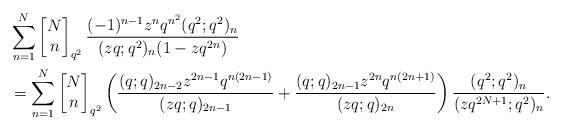
LaTeX: \begin{align*}&\sum_{n=1}^{N}\left[\begin{matrix} N\\n\end{matrix}\right]_{q^2}\frac{(-1)^{n-1}z^nq^{n^2}(q^2;q^2)_{n}}{(zq;q^2)_n(1-zq^{2n})}\\&=\sum_{n=1}^{N}\left[\begin{matrix} N\\n\end{matrix}\right]_{q^2}\left(\frac{(q;q)_{2n-2}z^{2n-1}q^{n(2n-1)}}{(zq;q)_{2n-1}}+\frac{(q;q)_{2n-1}z^{2n}q^{n(2n+1)}}{(zq;q)_{2n}}\right)\frac{(q^{2};q^2)_n}{(zq^{2N+1};q^2)_{n}}.\end{align*}